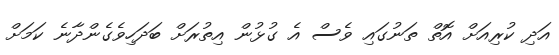
އަދި ކުރިއަށް އޮތް ތަނުގައި ވެސް އެ ގުޅުން އިތުރަށް ބަދަހިވެގެންދާނެ ކަމަށް